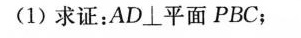
(1)求证：AD\bot平面PBC；